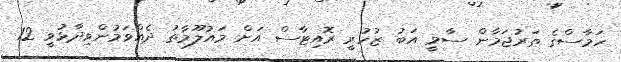
ހަމާސްގެ ތަރުޖަމާން ސާމީ އަބު ޒުހުރީ ރޮއިޓާސް އަށް މައުލޫމާތު ދެއްވަމުންވިދާޅުވީ 12